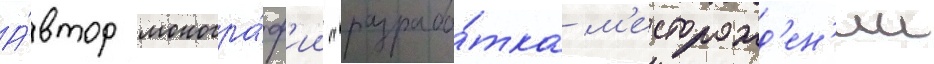
А́втор моногра́ф'ии "разрабо́тка м'есторожд'ен'ии